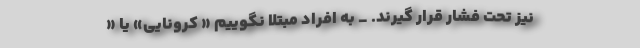
نیز تحت فشار قرار گیرند. _ به افراد مبتلا نگوییم « کرونایی» یا «